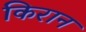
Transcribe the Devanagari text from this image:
किरान